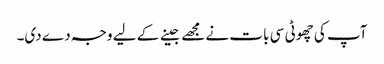
آپ کی چھوٹی سی بات نے مجھے جینے کے لیے وجہ دے دی۔